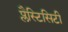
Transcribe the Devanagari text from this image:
प्लैस्टिसिटी